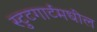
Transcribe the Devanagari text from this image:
स्टुटगार्टमधील